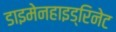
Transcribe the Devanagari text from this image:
डाइमेनहाइड्रिनेट